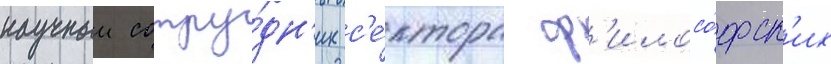
научныи сотру́дн'ик с'е́ктора ф'илосо́фск'их